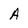
Character: A